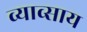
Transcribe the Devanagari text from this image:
व्याव्साय